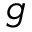
g